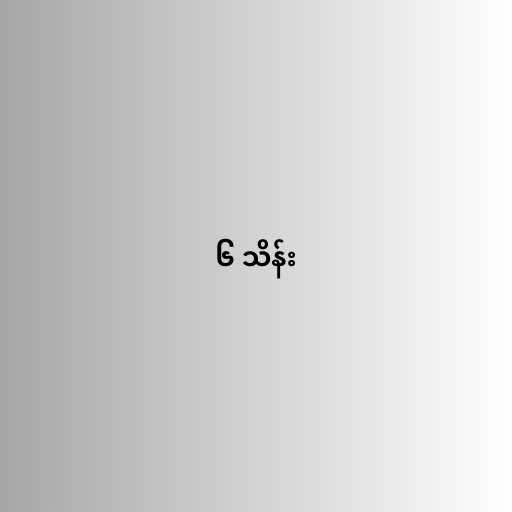
၆ သိန်း